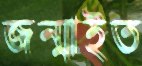
জন্মাইত